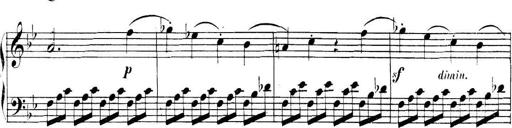
Title: Collected Piano Sonatas
Composer: Muzio Clementi